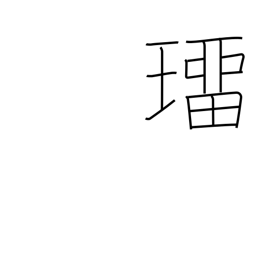
Meaning: precious stone